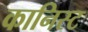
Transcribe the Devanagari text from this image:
कानिस्ट